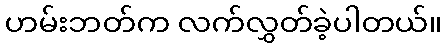
ဟမ်းဘတ်က လက်လွှတ်ခဲ့ပါတယ်။